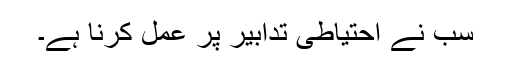
سب نے احتیاطی تدابیر پر عمل کرنا ہے۔